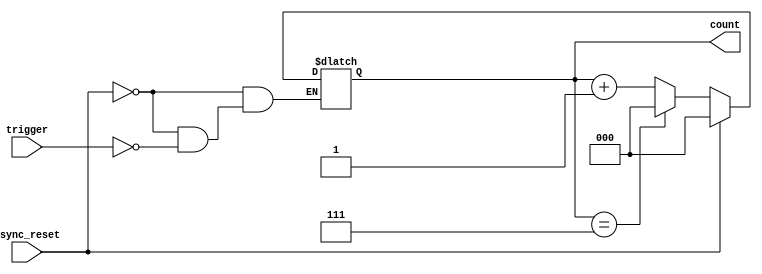
module mod_n_async_counter (
    input wire trigger,      // Trigger signal to increment the counter
    input wire async_reset,  // Asynchronous reset signal
    output reg [2:0] count   // 3-bit output for Mod-8 counter
);

// Asynchronous reset and counting logic
always @(*) begin
    if (async_reset) begin
        count = 3'b000; // Reset the counter to 0
    end else if (trigger) begin
        if (count == 3'b111) begin
            count = 3'b000; // Reset to 0 when reaching 7 (N-1)
        end else begin
            count = count + 1; // Increment the counter
        end
    end
end

endmodule